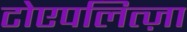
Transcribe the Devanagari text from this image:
टोएपलित्ज़ा